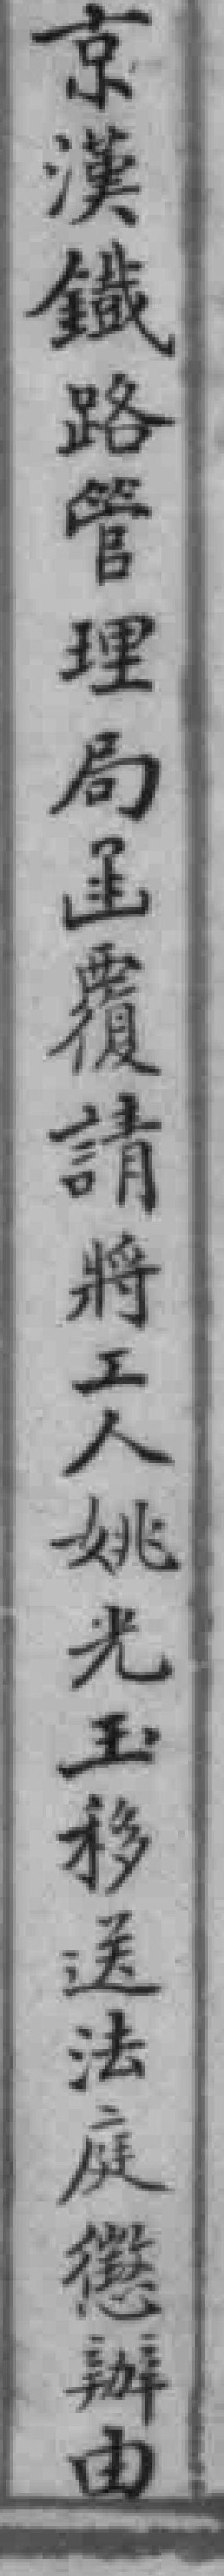
京漢鐵路管理局函覆請將工人姚光玉移送法庭懲辦由